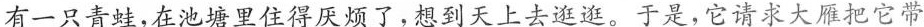
有一只青蛙，在池塘里住得厌烦了，想到天上去逛逛。于是，它请求大雁把它带